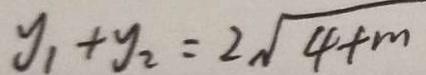
y _ { 1 } + y _ { 2 } = 2 \sqrt { 4 + m }